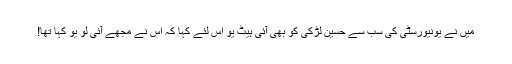
میں نے یونیورسٹی کی سب سے حسین لڑکی کو بھی آئی ہیٹ یو اس لئے کہا کہ اس نے مجھے آئی لو یو کہا تھا!